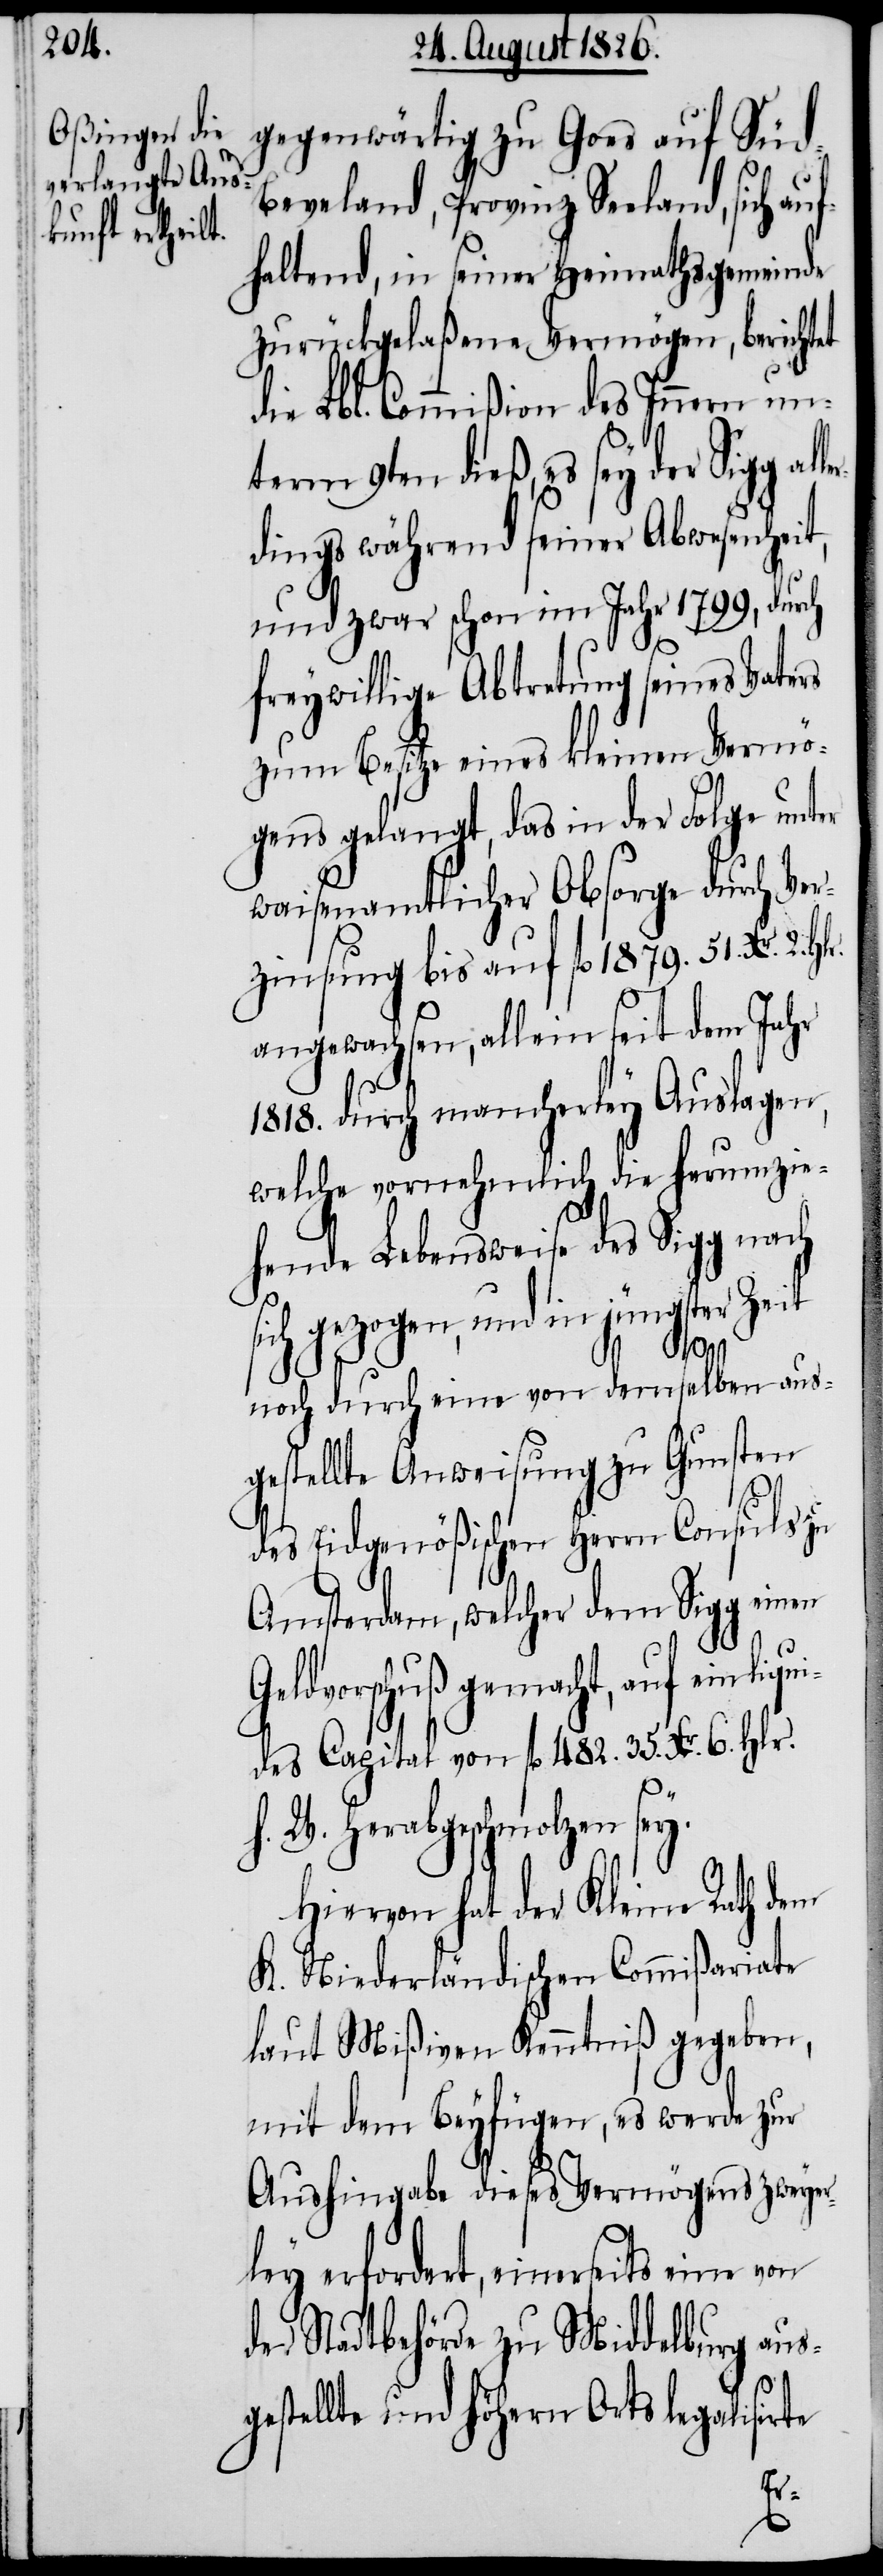
haltend, in seiner Heimathsgemeinde
zurückgelaßene Vermögen, berichtet
die Lbl. Commißion des Innern un¬
term 9ten dieß, es sey der Sigg a¬
dings während seiner Abwesenheit,
und zwar schon im Jahr 1799, durch
freywillige Abtretung seines Vaters
zum Besitze eines kleinen Vermö¬
gens gelangt, das in der Folge unter
waisenamtlicher Obsorge durch Ver¬
zinsung bis auf fl. 1879. 51. Kr.
angewachsen, allein seit dem Jahr
1818. durch mancherley Auslagen,
welche vornehmlich die herumzie¬
hende Lebensweise des Sigg nach
r Zeit
ich gezogen, und in jüngs¬
te¬
noch durch eine von demselben aus¬
gestellte Anweisung zu Gunsten
des Eidgenößischen Herrn Consuls zu
Amsterdam, welcher dem Sigg einen
gemacht, auf ein liqui¬
des Capital von fl. 482. 35. Kr. 6. Hlr.
h. W. herabgeschmolzen sey.
Hiervon hat der Kleine Rath dem
K. Niederländischen Commißariate
laut Mißiven Kenntniß gegeben,
mit dem Beyfügen, es werde zur
Aushingabe dieses Vermögens zweyer¬
ley erfordert, einerseits eine von
der Stadtbehörde zu Middelburg aus¬
estellte und höhern Orts legalisirte
g¬